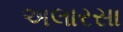
અલારસા